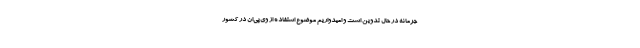
جرمانه در حال تدوین است و امیدواریم موضوع استفاده از وی‌پی‌ان در کشور